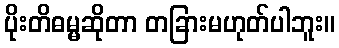
ပိုးတိဓမ္မဆိုတာ တခြားမဟုတ်ပါဘူး။